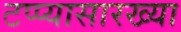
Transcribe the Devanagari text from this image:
टप्प्यासारख्या